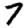
Digit: 7